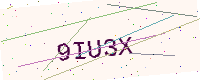
Text: 9IU3X